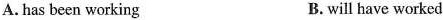
A.has been working B.will have worked